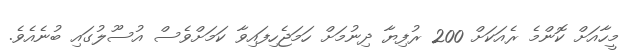
މީހާއަށް ކޮންމެ ރެއަކަށް 200 ރުފިޔާ ދިނުމަށް ހަމަޖެހިފައިވާ ކަމަށްވެސް އުސޫލުގައި ބުނެއެވެ.